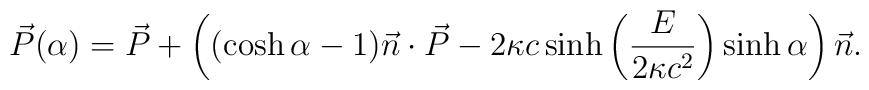
\vec{P}(\alpha)  =  \vec{P} +\left((\cosh\alpha-1)\vec{n}\cdot\vec{P} - 2\kappa c \sinh\left(\frac{E}{2\kappa c^2}\right) \sinh\alpha\right)\vec{n} .